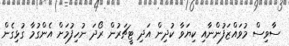
ސާވިސް މުވައްޒަފުންނާއި ކިޔަވާ ކުދިން އަދި ޓީޗަރުން ރޯދަ ނުހިފުމަށް އެންގުމާ ގުޅިގެން